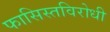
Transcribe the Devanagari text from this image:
फासिस्तविरोधी